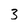
Character: 3